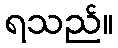
ရသည်။